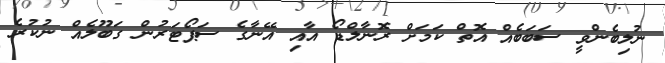
ނުލިބެންވީ ސަބަބެއް އޮތް ކަމަށް ރޮނާލްޑޯ އާއި އޭނާގެ ސަޕޯޓަރުން ގަބޫލެއް ނުކުރެ